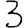
Digit: 3